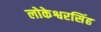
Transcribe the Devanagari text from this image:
लोकेश्वरसिंह